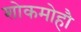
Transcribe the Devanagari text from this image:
शोकमोहौ